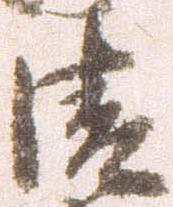
清